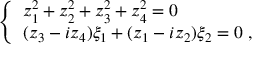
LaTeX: \left\{ \begin{array} { l } { { z _ { 1 } ^ { 2 } + z _ { 2 } ^ { 2 } + z _ { 3 } ^ { 2 } + z _ { 4 } ^ { 2 } = 0 } } \\ { { ( z _ { 3 } - i z _ { 4 } ) \xi _ { 1 } + ( z _ { 1 } - i z _ { 2 } ) \xi _ { 2 } = 0 ~ , } } \end{array} \right.